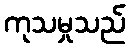
ကုသမှုသည်